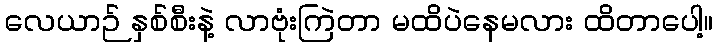
လေယာဉ် နှစ်စီးနဲ့ လာဗုံးကြဲတာ မထိပဲနေမလား ထိတာပေါ့။